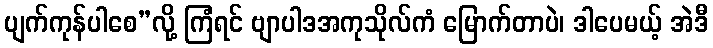
ပျက်ကုန်ပါစေ”လို့ ကြံရင် ဗျာပါဒအကုသိုလ်ကံ မြောက်တာပဲ၊ ဒါပေမယ့် အဲဒီ